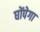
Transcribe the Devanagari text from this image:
घोंपेगा